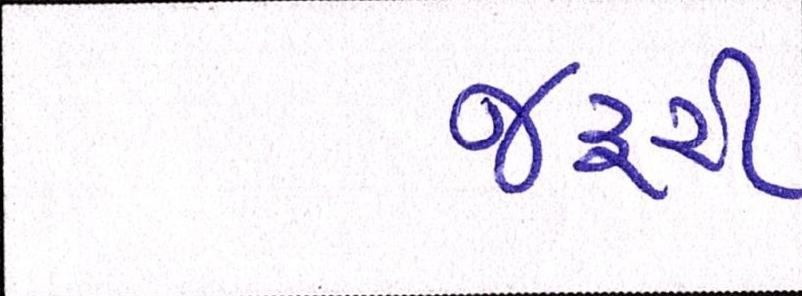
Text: જરૃરી